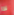
لذا